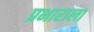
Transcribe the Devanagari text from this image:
प्रभाराला